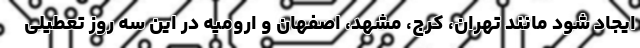
ایجاد شود مانند تهران، کرج، مشهد، اصفهان و ارومیه در این سه روز تعطیلی